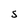
Character: S